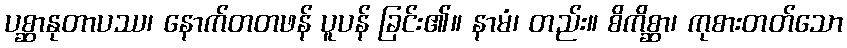
ပစ္ဆာနုတာပဿ၊ နောက်တတဖန် ပူပန် ခြင်း၏။ နာမံ၊ တည်း။ စိကိစ္ဆာ၊ ကုစားတတ်သော